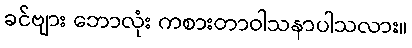
ခင်ဗျား ဘောလုံး ကစားတာဝါသနာပါသလား။